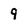
Character: 9